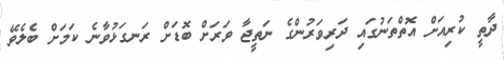
ދާތީ ކުރިއަށް އޮތްތަނުގައި ދަރިވަރުންގެ ނަތީޖާ ވަރަށް ބޮޑަށް ރަނގަޅުވާނެ ކަމަށް ބެލެވޭ